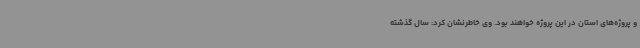
و پروژه‌های استان در این پروژه خواهند بود. وی خاطرنشان کرد: سال گذشته